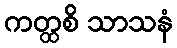
ကတ္ထစိ သာသနံ